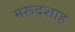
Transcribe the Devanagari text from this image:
मरूदशाह